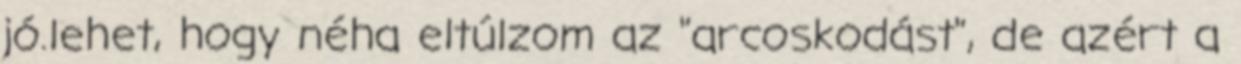
jó.lehet, hogy néha eltúlzom az "arcoskodást", de azért a